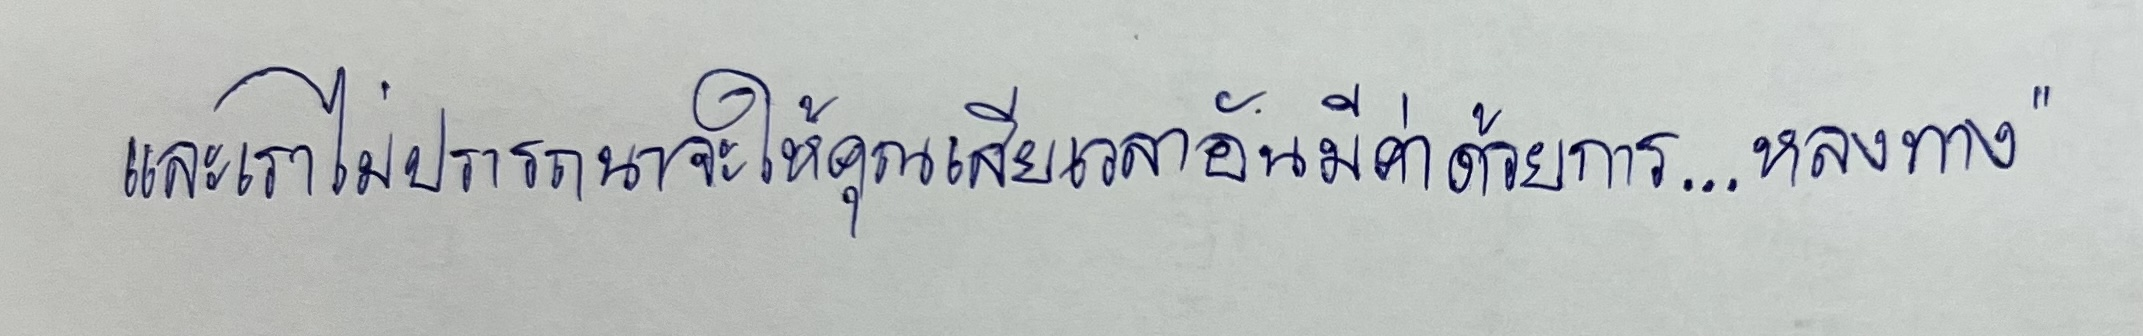
และเราไม่ปรารถนาจะให้คุณเสียเวลาอันมีค่าด้วยการ...หลงทาง"